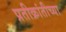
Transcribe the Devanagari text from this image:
प्रतीक्रांतीच्या